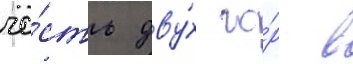
че́сть дву́х го́р в